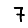
Digit: 7